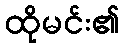
ထိုမင်း၏